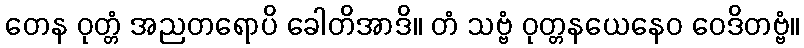
တေန ဝုတ္တံ အညတရောပိ ခေါတိအာဒိ။ တံ သဗ္ဗံ ဝုတ္တနယေနေဝ ဝေဒိတဗ္ဗံ။